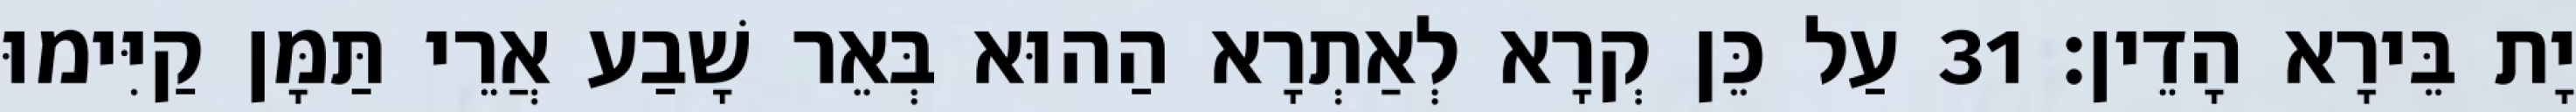
יָת בֵּירָא הָדֵין׃ 31 עַל כֵּן קְרָא לְאַתְרָא הַהוּא בְּאֵר שָׁבַע אֲרֵי תַּמָּן קַיִּימוּ